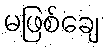
မဖြစ်ချေ